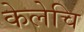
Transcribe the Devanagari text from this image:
केलेचि